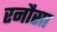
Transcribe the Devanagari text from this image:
रनौसा